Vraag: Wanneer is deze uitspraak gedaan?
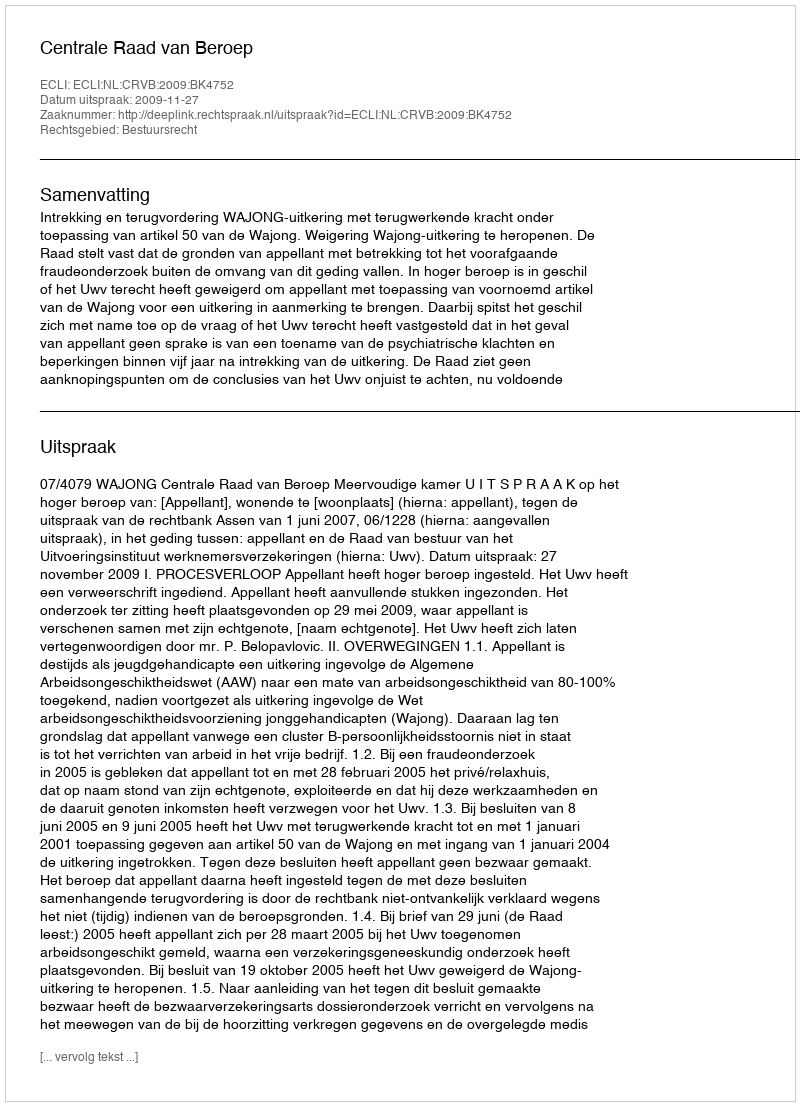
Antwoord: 2009-11-27